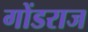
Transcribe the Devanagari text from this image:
गोंडराज